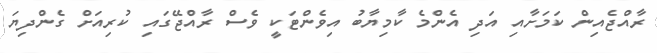
ރާއްޖެއިން ކަަމަށާއި އަދި އެންމެ ކާމިޔާބު އިވެންޓަކީ ވެސް ރާއްޖޭގައި ކުރިއަށް ގެންދިޔަ